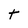
Character: t